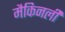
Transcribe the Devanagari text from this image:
मैकिनली